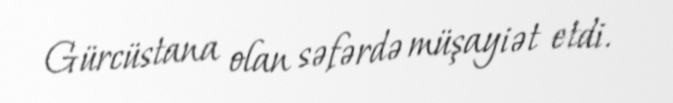
Gürcüstana olan səfərdə müşayiət etdi.